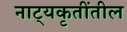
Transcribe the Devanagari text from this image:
नाट्यकृतींतील